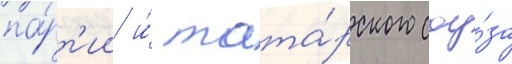
па́рт'ии и́ тата́рского соу́за